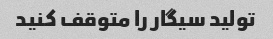
تولید سیگار را متوقف کنید